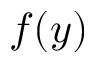
f ( y )